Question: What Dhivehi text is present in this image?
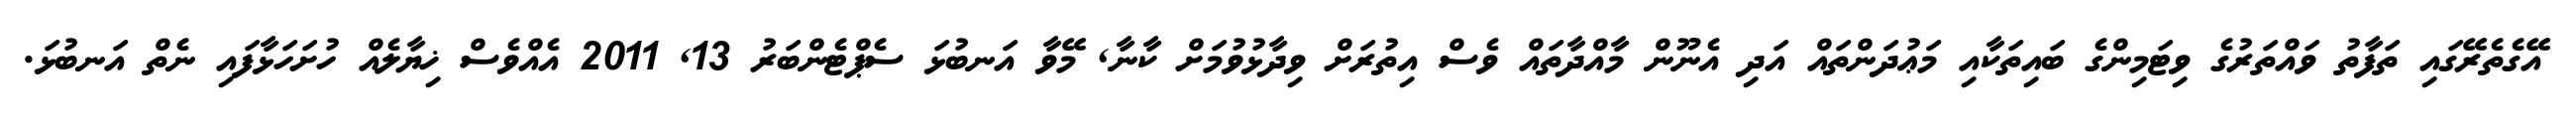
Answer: އޭގެތެރޭގައި ތަފާތު ވައްތަރުގެ ވިޓަމިންގެ ބައިތަކާއި މަޢުދަންތައް އަދި އެނޫން މާއްދާތައް ވެސް އިތުރަށް ވިދާޅުވުމަށް ކާނާ, މޭވާ އަނބުޅަ ސެޕްޓެންބަރު 13, 2011 އެއްވެސް ޚިޔާލެއް ހުށަހަޅާފައި ނެތް އަނބުޅަ.